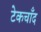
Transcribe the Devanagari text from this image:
टेकचाँद